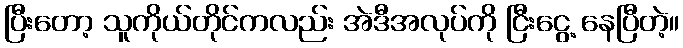
ပြီးတော့ သူကိုယ်တိုင်ကလည်း အဲဒီအလုပ်ကို ငြီးငွေ့ နေပြီတဲ့။